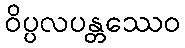
ဝိပ္ပလပန္တဿေဝ